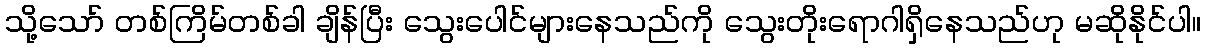
သို့သော် တစ်ကြိမ်တစ်ခါ ချိန်ပြီး သွေးပေါင်များနေသည်ကို သွေးတိုးရောဂါရှိနေသည်ဟု မဆိုနိုင်ပါ။